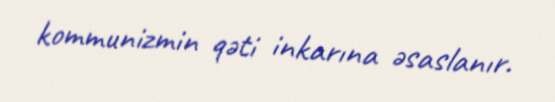
kommunizmin qəti inkarına əsaslanır.